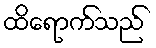
ထိရောက်သည်